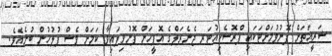
ޝަރީއަތަށް ފޮނުވުމަށްޓަކައި ޕްރޮސެކިއުޓަރ ޖެނެރަލްގެ އޮފީހަށް ފޮނުވިފައިވާ ކަމަށް ވެސް ފުލުހުން ބުނެއެވެ.